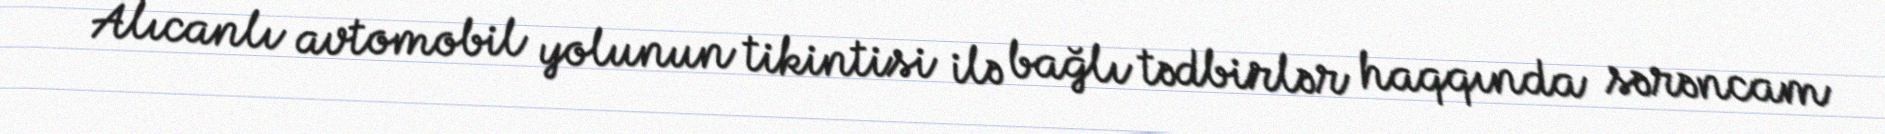
Alıcanlı avtomobil yolunun tikintisi ilə bağlı tədbirlər haqqında sərəncam